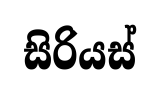
සිරියස්